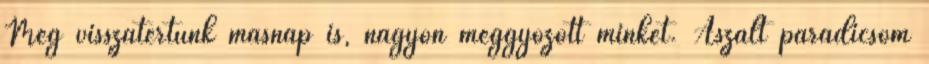
Még visszatértünk másnap is, nagyon meggyőzött minket. Aszalt paradicsom